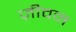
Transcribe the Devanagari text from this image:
ज़ीवन